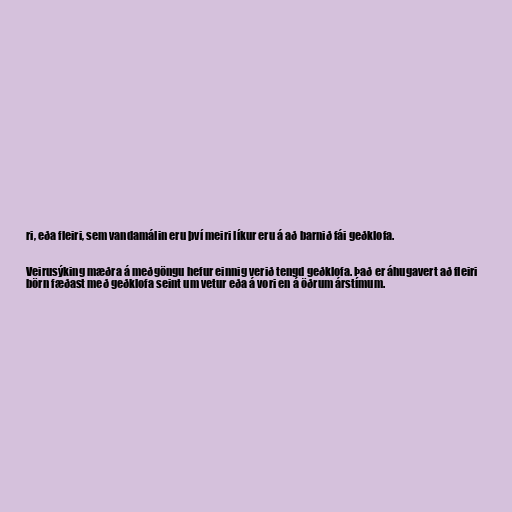
ri, eða fleiri, sem vandamálin eru því meiri líkur eru á að barnið fái geðklofa.

Veirusýking mæðra á meðgöngu hefur einnig verið tengd geðklofa. Það er áhugavert að fleiri
börn fæðast með geðklofa seint um vetur eða á vori en á öðrum árstímum.